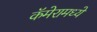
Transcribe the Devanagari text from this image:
कॅमेरामध्ये